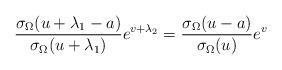
LaTeX: \begin{align*}\frac{\sigma _\Omega (u+\lambda _1-a)}{\sigma _\Omega (u+\lambda _1)}e^{v+\lambda _2} =\frac{\sigma _\Omega (u-a)}{\sigma _\Omega (u)}e^v\end{align*}